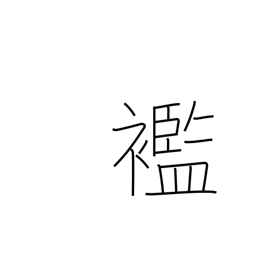
Meaning: rags